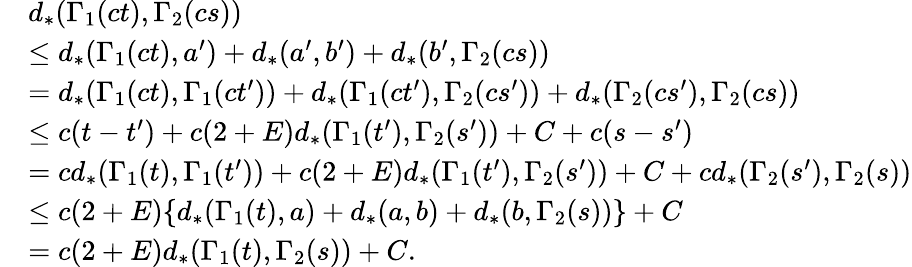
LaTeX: \begin{array}{rl}&{d_{*}(\Gamma_{1}(ct),\Gamma_{2}(cs))}\\ &{\leq d_{*}(\Gamma_{1}(ct),a^{\prime})+d_{*}(a^{\prime},b^{\prime})+d_{*}(b^{\prime},\Gamma_{2}(cs))}\\ &{=d_{*}(\Gamma_{1}(ct),\Gamma_{1}(ct^{\prime}))+d_{*}(\Gamma_{1}(ct^{\prime}),\Gamma_{2}(cs^{\prime}))+d_{*}(\Gamma_{2}(cs^{\prime}),\Gamma_{2}(cs))}\\ &{\leq c(t-t^{\prime})+c(2+E)d_{*}(\Gamma_{1}(t^{\prime}),\Gamma_{2}(s^{\prime}))+C+c(s-s^{\prime})}\\ &{=cd_{*}(\Gamma_{1}(t),\Gamma_{1}(t^{\prime}))+c(2+E)d_{*}(\Gamma_{1}(t^{\prime}),\Gamma_{2}(s^{\prime}))+C+cd_{*}(\Gamma_{2}(s^{\prime}),\Gamma_{2}(s))}\\ &{\leq c(2+E)\{ d_{*}(\Gamma_{1}(t),a)+d_{*}(a,b)+d_{*}(b,\Gamma_{2}(s))\} +C}\\ &{=c(2+E)d_{*}(\Gamma_{1}(t),\Gamma_{2}(s))+C.}\end{array}